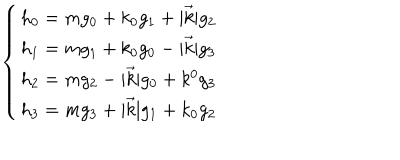
\left\{ \begin{array} { l } { { h _ { 0 } = m g _ { 0 } + k _ { 0 } g _ { 1 } + | \vec { k } | g _ { 2 } \nonumber } } \\ { { h _ { 1 } = m g _ { 1 } + k _ { 0 } g _ { 0 } - | \vec { k } | g _ { 3 } \nonumber } } \\ { { h _ { 2 } = m g _ { 2 } - | \vec { k } | g _ { 0 } + k ^ { 0 } g _ { 3 } \nonumber } } \\ { { h _ { 3 } = m g _ { 3 } + | \vec { k } | g _ { 1 } + k _ { 0 } g _ { 2 } } } \\ \end{array} \right.